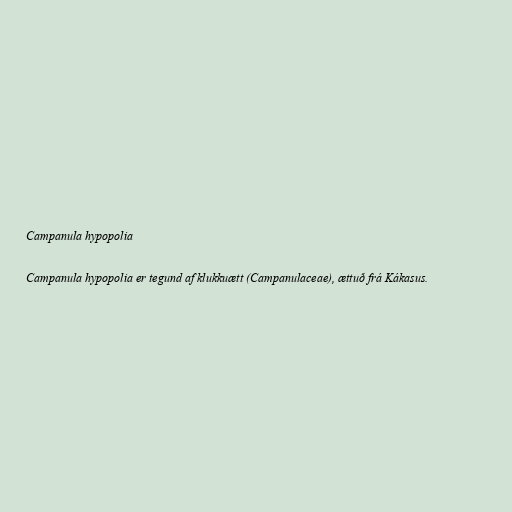
Campanula hypopolia

Campanula hypopolia er tegund af klukkuætt (Campanulaceae), ættuð frá Kákasus.